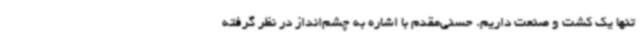
تنها یک کشت و صنعت داریم. حسنی‌مقدم با اشاره به چشم‌انداز در نظر گرفته